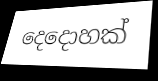
දෙදොහක්